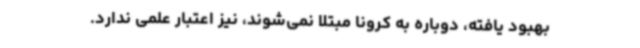
بهبود یافته، دوباره به کرونا مبتلا نمی‌شوند، نیز اعتبار علمی ندارد.